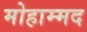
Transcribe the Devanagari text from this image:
मोहाम्मद